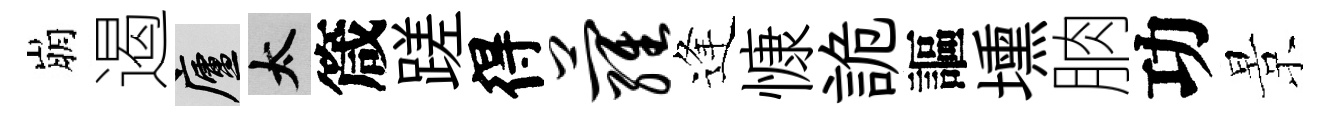
崩遏廬太箴蹉得萝逢慷詭謳壎朒功景